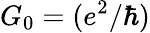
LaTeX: G_{0}=(e^{2}/\hbar)